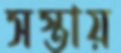
সস্তায়